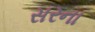
સરના